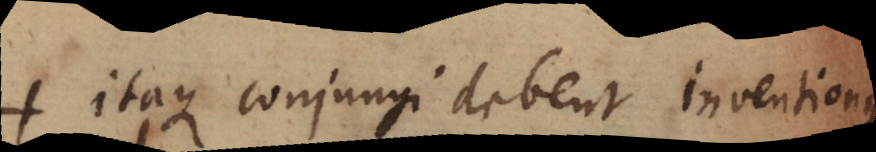
+ Itaque conjungi debent inventionis